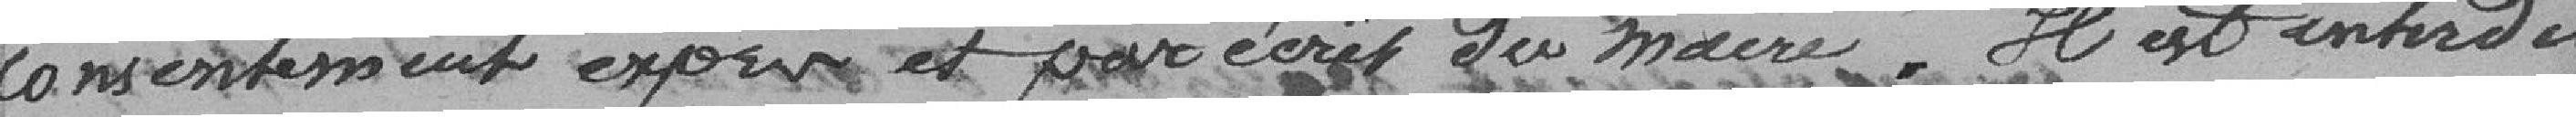
consentement exprimé et par écrit du Maire. Il est interdit,